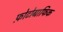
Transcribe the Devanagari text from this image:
फ़ोटोग्राफिक